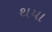
થયા